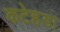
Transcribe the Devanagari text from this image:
कटेहडा